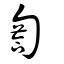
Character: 匒